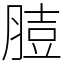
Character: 䐍